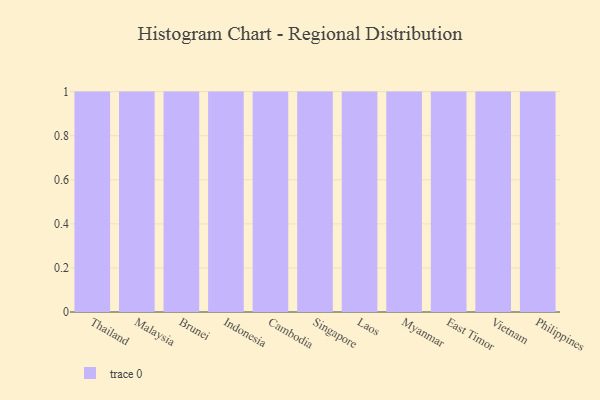
{"axis": {"x": "Country", "y": "Page Views"}, "legend": [""], "data": [{"x": "Thailand", "y": 73, "type": ""}, {"x": "Malaysia", "y": 27, "type": ""}, {"x": "Brunei", "y": 36, "type": ""}, {"x": "Indonesia", "y": 49, "type": ""}, {"x": "Cambodia", "y": 73, "type": ""}, {"x": "Singapore", "y": 95, "type": ""}, {"x": "Laos", "y": 58, "type": ""}, {"x": "Myanmar", "y": 65, "type": ""}, {"x": "East Timor", "y": 31, "type": ""}, {"x": "Vietnam", "y": 90, "type": ""}, {"x": "Philippines", "y": 8, "type": ""}]}